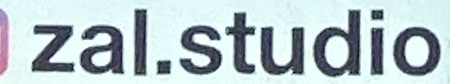
zal.studio